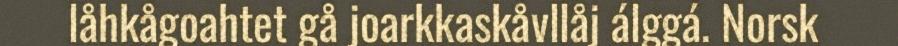
låhkågoahtet gå joarkkaskåvllåj álggá. Norsk